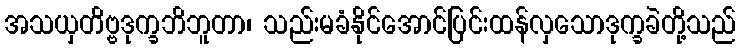
အသယှတိဗ္ဗဒုက္ခဘိဘူတာ၊ သည်းမခံနိုင်အောင်ပြင်းထန်လှသောဒုက္ခခဲတို့သည်